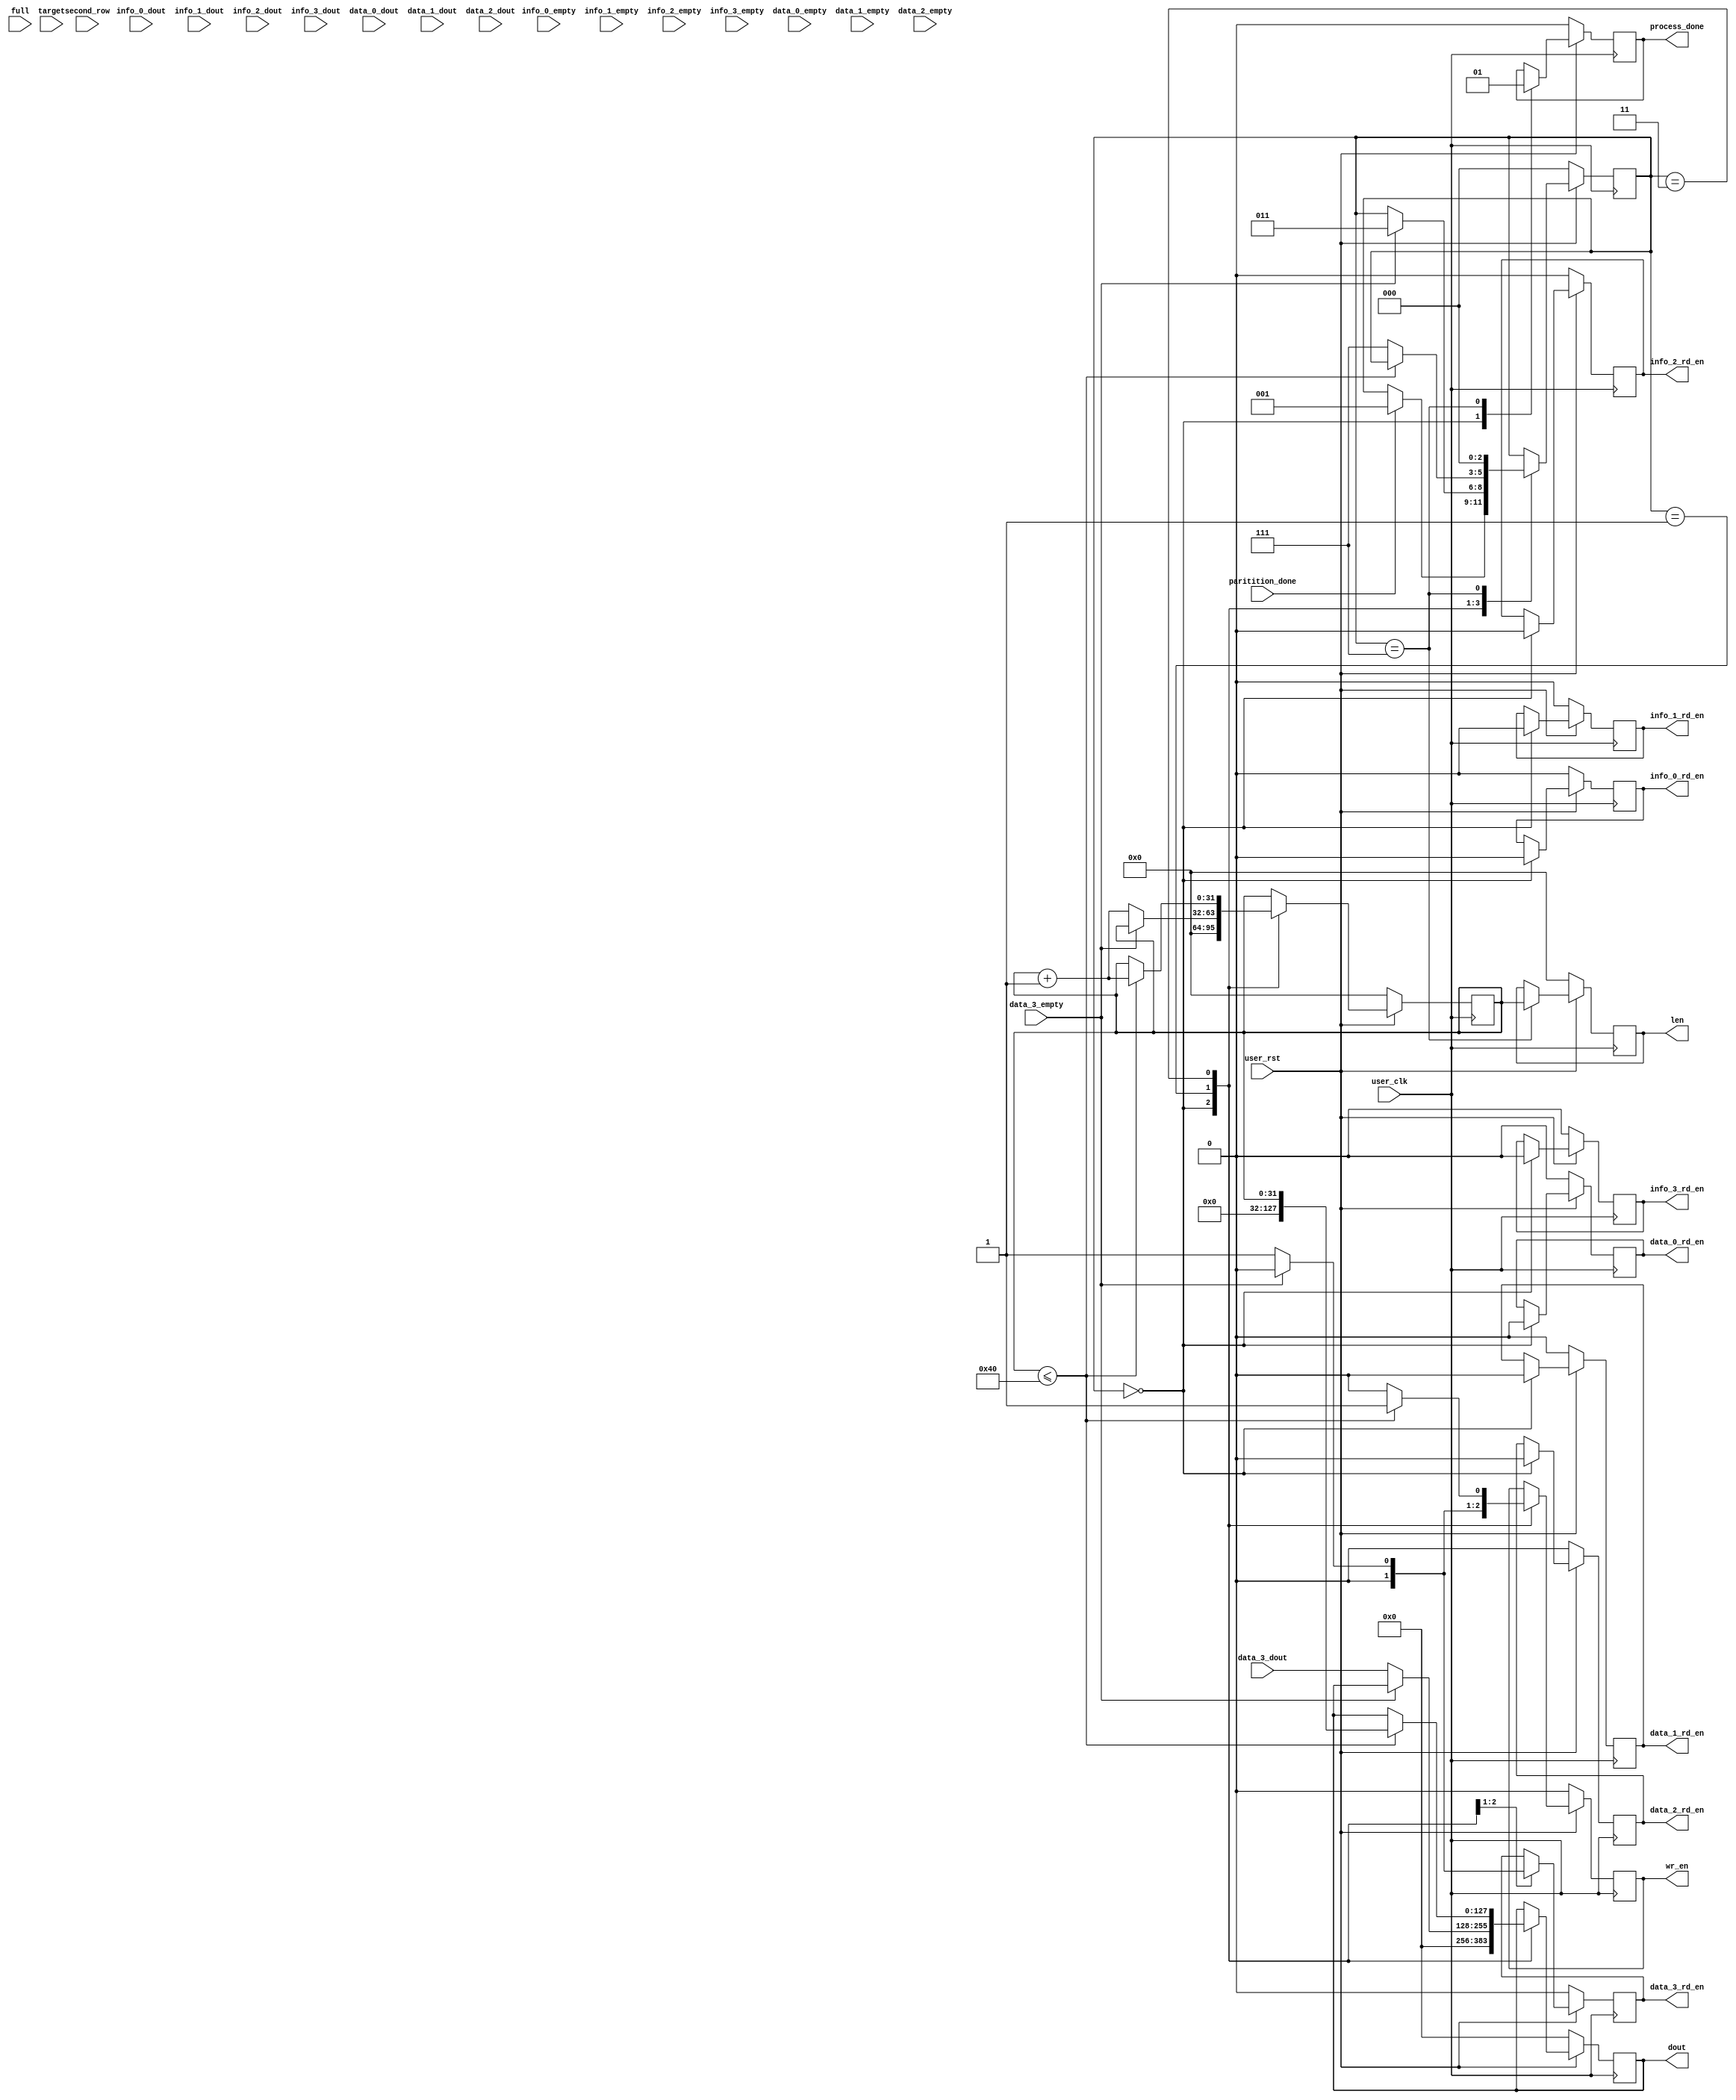
`timescale 1ns / 1ps
//////////////////////////////////////////////////////////////////////////////////
// Company: 
// Engineer: 
// 
// Design Name: 
// Module Name: filter
// Project Name: 
// Target Devices: 
// Tool Versions: 
// Description: 
// 
// Dependencies: 
// 
// Revision:
// Revision 0.01 - File Created
// Additional Comments:
// 
//////////////////////////////////////////////////////////////////////////////////


module filter #(
        parameter TCQ = 1,
        parameter DATA_WIDTH = 128
    )(
        input   user_clk,
        input   user_rst,
        //
        input   paritition_done,
        output  process_done,
        //data out fifo port
        output  [DATA_WIDTH-1:0]dout,
        output  wr_en,
        input   full,
        output	[31:0]len,
        //
        input	[DATA_WIDTH-1:0]target,
        input	[DATA_WIDTH-1:0]second_row,
        //info in fifo port
        output  info_0_rd_en,
        input   [DATA_WIDTH-1:0]info_0_dout,
        input   info_0_empty,
        output  info_1_rd_en,
        input   [DATA_WIDTH-1:0]info_1_dout,
        input   info_1_empty,
        output  info_2_rd_en,
        input   [DATA_WIDTH-1:0]info_2_dout,
        input   info_2_empty,
        output  info_3_rd_en,
        input   [DATA_WIDTH-1:0]info_3_dout,
        input   info_3_empty, 
        //data in fifo port
        output  data_0_rd_en,
        input   [DATA_WIDTH-1:0]data_0_dout,
        input   data_0_empty,
        output  data_1_rd_en,
        input   [DATA_WIDTH-1:0]data_1_dout,
        input   data_1_empty,
        output  data_2_rd_en,
        input   [DATA_WIDTH-1:0]data_2_dout,
        input   data_2_empty,
        output  data_3_rd_en,
        input   [DATA_WIDTH-1:0]data_3_dout,
        input   data_3_empty
    );
    
    localparam RST = 3'b000, PROCESS = 3'b001, WRITE_FULL = 3'b011, DONE = 3'b111;

    reg [2:0]state;

    reg [DATA_WIDTH-1:0]dout_q;
    reg wr_en_q;
    reg [31:0]len_q;
    reg [31:0]count;
    
    reg process_done_q;
    
    reg info_0_rd_en_q;
    reg info_1_rd_en_q;
    reg info_2_rd_en_q;
    reg info_3_rd_en_q;
    
    reg data_0_rd_en_q;
    reg data_1_rd_en_q;
    reg data_2_rd_en_q;
    reg data_3_rd_en_q;
    
    assign dout = dout_q;
    assign wr_en = wr_en_q;
    assign len = len_q;
    assign process_done = process_done_q;
    assign info_0_rd_en = info_0_rd_en_q;
    assign info_1_rd_en = info_1_rd_en_q;
    assign info_2_rd_en = info_2_rd_en_q;
    assign info_3_rd_en = info_3_rd_en_q;
    assign data_0_rd_en = data_0_rd_en_q;
    assign data_1_rd_en = data_1_rd_en_q;
    assign data_2_rd_en = data_2_rd_en_q;
    assign data_3_rd_en = data_3_rd_en_q;
    
    always@(posedge user_clk) begin
        if(!user_rst) begin
            dout_q <= #TCQ 0;
            wr_en_q <= #TCQ 1'b0;
            len_q <= #TCQ 0;
            count <= #TCQ 0;
            process_done_q <= #TCQ 1'b0;
            info_0_rd_en_q <= #TCQ 1'b0;
            info_1_rd_en_q <= #TCQ 1'b0;
            info_2_rd_en_q <= #TCQ 1'b0;
            info_3_rd_en_q <= #TCQ 1'b0;
            data_0_rd_en_q <= #TCQ 1'b0;
            data_1_rd_en_q <= #TCQ 1'b0;
            data_2_rd_en_q <= #TCQ 1'b0;
            data_3_rd_en_q <= #TCQ 1'b0;
            state <= #TCQ RST;
        end
        else begin
            case(state)
            	RST: begin
            		dout_q <= #TCQ 0;
		            wr_en_q <= #TCQ 1'b0;
		            count <= #TCQ 0;
		            process_done_q <= #TCQ 1'b0;
		            info_0_rd_en_q <= #TCQ 1'b0;
		            info_1_rd_en_q <= #TCQ 1'b0;
		            info_2_rd_en_q <= #TCQ 1'b0;
		            info_3_rd_en_q <= #TCQ 1'b0;
		            data_0_rd_en_q <= #TCQ 1'b0;
		            data_1_rd_en_q <= #TCQ 1'b0;
		            data_2_rd_en_q <= #TCQ 1'b0;
		            data_3_rd_en_q <= #TCQ 1'b0;
		            if(paritition_done) begin
		            	state <= #TCQ PROCESS;
		            end
            	end
            	PROCESS: begin
            		if(~data_3_empty) begin
            			dout_q <= #TCQ data_3_dout;
            			data_3_rd_en_q <= #TCQ 1'b1;
            			wr_en_q <= #TCQ 1'b1;
            			count <= #TCQ count + 1;
            		end
            		else begin
            			data_3_rd_en_q <= #TCQ 1'b0;
            			wr_en_q <= #TCQ 1'b0;
            			state <= WRITE_FULL;
            		end
            	end
            	WRITE_FULL: begin
            		if(count <= 64) begin
            			dout_q <= #TCQ count;
            			wr_en_q <= #TCQ 1'b1;
            			count <= #TCQ count + 1;
            		end
            		else begin
            			wr_en_q <= #TCQ 1'b0;
            			state <= DONE;
            		end
            	end
            	DONE: begin
            		process_done_q <= #TCQ 1'b1;
            		len_q <= #TCQ count;
            		state <= RST;
            	end

            endcase
        end
    end
endmodule